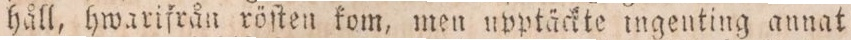
håll, hwarifrån röſten kom, men upptäckte ingenting annat